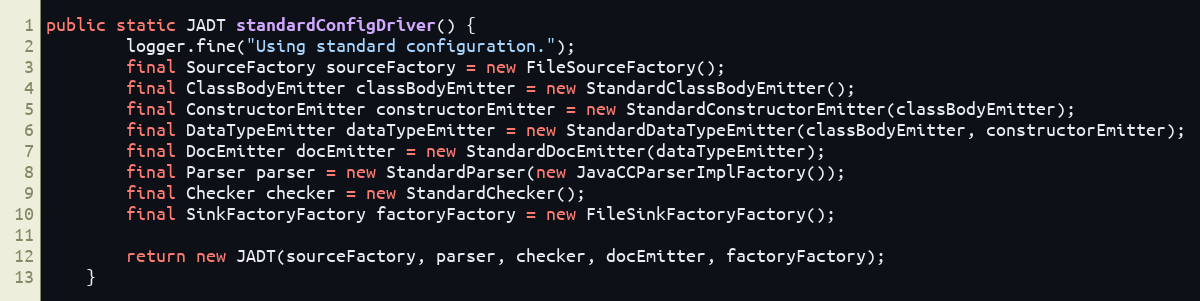
Language: Java
public static JADT standardConfigDriver() {
    	logger.fine("Using standard configuration.");
        final SourceFactory sourceFactory = new FileSourceFactory();
        final ClassBodyEmitter classBodyEmitter = new StandardClassBodyEmitter();
        final ConstructorEmitter constructorEmitter = new StandardConstructorEmitter(classBodyEmitter);
        final DataTypeEmitter dataTypeEmitter = new StandardDataTypeEmitter(classBodyEmitter, constructorEmitter);
        final DocEmitter docEmitter = new StandardDocEmitter(dataTypeEmitter);
        final Parser parser = new StandardParser(new JavaCCParserImplFactory());
        final Checker checker = new StandardChecker();
        final SinkFactoryFactory factoryFactory = new FileSinkFactoryFactory();

        return new JADT(sourceFactory, parser, checker, docEmitter, factoryFactory);
    }